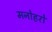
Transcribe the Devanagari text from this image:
मनोहरो